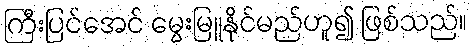
ကြီးပြင်အေင် မွေးမြူနိုင်မည်ဟူ၍ ဖြစ်သည်။